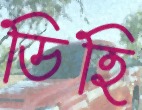
ডিহি